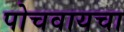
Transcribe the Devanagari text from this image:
पोचवायचा